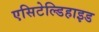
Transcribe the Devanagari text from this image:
एसिटेल्डिहाइड